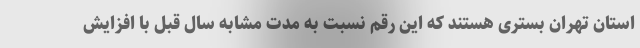
استان تهران بستری هستند که این رقم نسبت به مدت مشابه سال قبل با افزایش